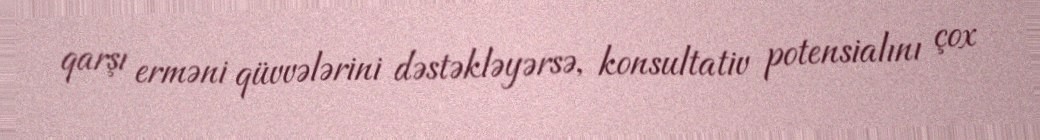
qarşı erməni qüvvələrini dəstəkləyərsə, konsultativ potensialını çox